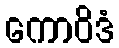
ကောဝိဒံ